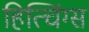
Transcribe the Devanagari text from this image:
हित्चिंग्स